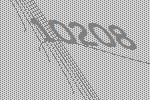
10208